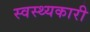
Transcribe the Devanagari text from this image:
स्वस्थ्यकारी